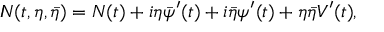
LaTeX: { I \! \! N } ( t , \eta , \bar { \eta } ) = N ( t ) + i \eta \bar { \psi } ^ { \prime } ( t ) + i \bar { \eta } \psi ^ { \prime } ( t ) + \eta \bar { \eta } V ^ { \prime } ( t ) ,